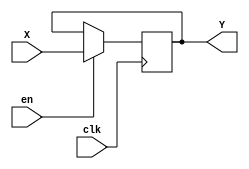
module regm(
        input clk,
        input [15:0] X,
        input en,
        output reg [15:0] Y
        );
        
        always@(posedge clk)
            if(en)
                Y<=X;
endmodule